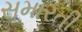
સમારતી